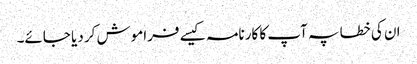
ان کی خطا پہ آپ کا کارنامہ کیسے فراموش کر دیا جائے۔